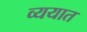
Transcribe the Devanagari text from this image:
व्ययात